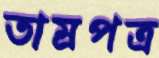
তাম্রপত্র